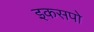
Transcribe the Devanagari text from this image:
इकसपो